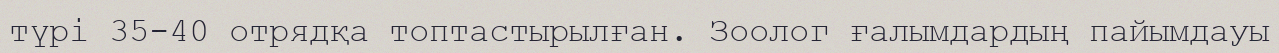
түрі 35-40 отрядқа топтастырылған. Зоолог ғалымдардың пайымдауы